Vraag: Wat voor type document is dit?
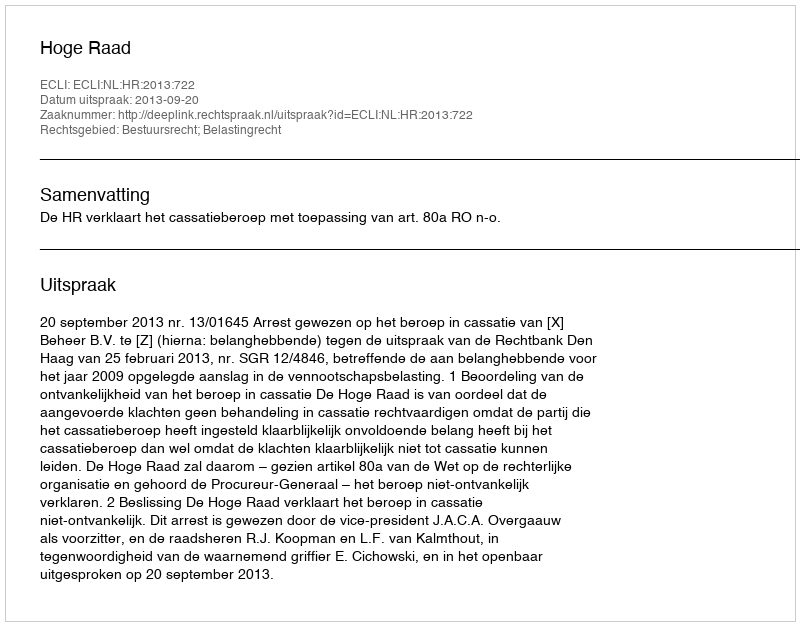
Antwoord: Uitspraak